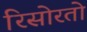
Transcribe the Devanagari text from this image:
रिसोरतो